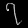
Digit: ၇